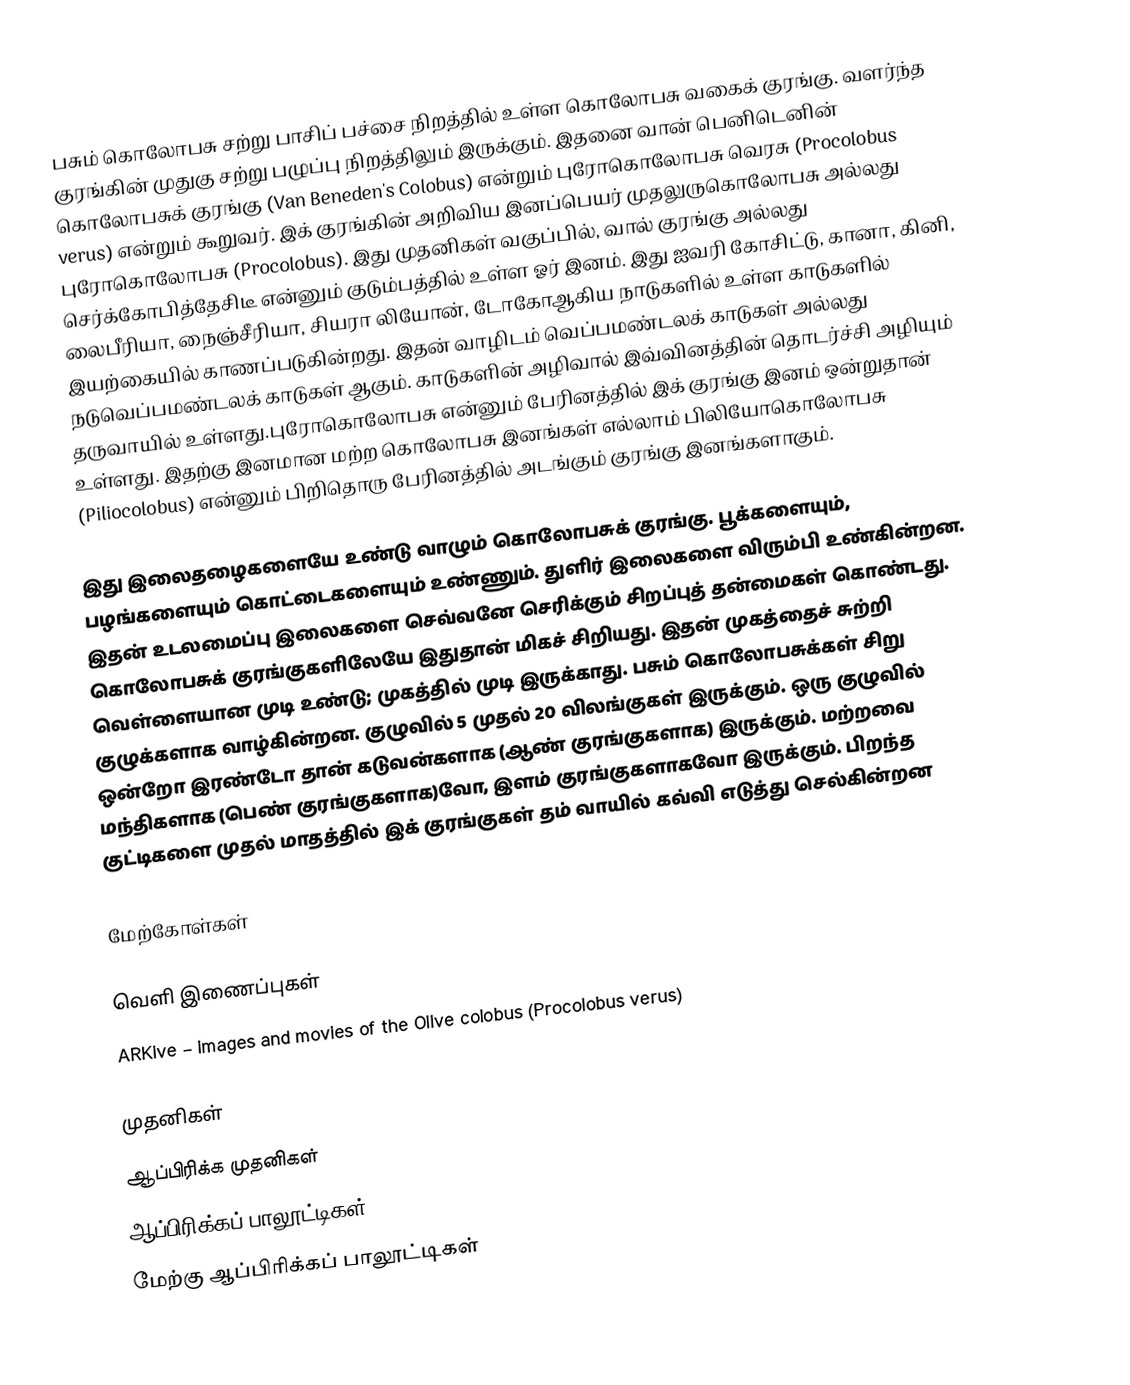
பசும் கொலோபசு சற்று பாசிப் பச்சை நிறத்தில் உள்ள கொலோபசு வகைக் குரங்கு. வளர்ந்த குரங்கின் முதுகு சற்று பழுப்பு நிறத்திலும் இருக்கும். இதனை வான் பெனிடெனின் கொலோபசுக் குரங்கு (Van Beneden's Colobus) என்றும் புரோகொலோபசு வெரசு (Procolobus verus) என்றும் கூறுவர். இக் குரங்கின் அறிவிய இனப்பெயர் முதலுருகொலோபசு அல்லது புரோகொலோபசு (Procolobus). இது முதனிகள் வகுப்பில், வால் குரங்கு அல்லது செர்க்கோபித்தேசிடீ என்னும் குடும்பத்தில் உள்ள ஓர் இனம். இது ஐவரி கோசிட்டு, கானா, கினி, லைபீரியா, நைஞ்சீரியா, சியரா லியோன், டோகோஆகிய நாடுகளில் உள்ள காடுகளில் இயற்கையில் காணப்படுகின்றது. இதன் வாழிடம் வெப்பமண்டலக் காடுகள் அல்லது நடுவெப்பமண்டலக் காடுகள் ஆகும். காடுகளின் அழிவால் இவ்வினத்தின் தொடர்ச்சி அழியும் தருவாயில் உள்ளது.புரோகொலோபசு என்னும் பேரினத்தில் இக் குரங்கு இனம் ஒன்றுதான் உள்ளது. இதற்கு இனமான மற்ற கொலோபசு இனங்கள் எல்லாம் பிலியோகொலோபசு (Piliocolobus) என்னும் பிறிதொரு பேரினத்தில் அடங்கும் குரங்கு இனங்களாகும்.

இது இலைதழைகளையே உண்டு வாழும் கொலோபசுக் குரங்கு. பூக்களையும், பழங்களையும் கொட்டைகளையும் உண்ணும். துளிர் இலைகளை விரும்பி உண்கின்றன. இதன் உடலமைப்பு இலைகளை செவ்வனே செரிக்கும் சிறப்புத் தன்மைகள் கொண்டது. கொலோபசுக் குரங்குகளிலேயே இதுதான் மிகச் சிறியது. இதன் முகத்தைச் சுற்றி வெள்ளையான முடி உண்டு; முகத்தில் முடி இருக்காது. பசும் கொலோபசுக்கள் சிறு குழுக்களாக வாழ்கின்றன. குழுவில் 5 முதல் 20 விலங்குகள் இருக்கும். ஒரு குழுவில் ஒன்றோ இரண்டோ தான் கடுவன்களாக (ஆண் குரங்குகளாக) இருக்கும். மற்றவை மந்திகளாக (பெண் குரங்குகளாக)வோ, இளம் குரங்குகளாகவோ இருக்கும். பிறந்த குட்டிகளை முதல் மாதத்தில் இக் குரங்குகள் தம் வாயில் கவ்வி எடுத்து செல்கின்றன

மேற்கோள்கள்

வெளி இணைப்புகள்
 ARKive – images and movies of the Olive colobus (Procolobus verus)

முதனிகள்
ஆப்பிரிக்க முதனிகள்
ஆப்பிரிக்கப் பாலூட்டிகள்
மேற்கு ஆப்பிரிக்கப் பாலூட்டிகள்